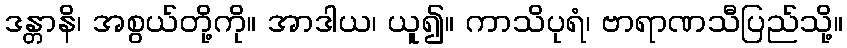
ဒန္တာနိ၊ အစွယ်တို့ကို။ အာဒါယ၊ ယူ၍။ ကာသိပုရံ၊ ဗာရာဏသီပြည်သို့။